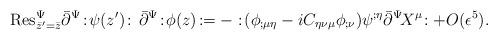
LaTeX: \begin{align*}{\rm Res}_{\bar{z}^{\prime}=\bar{z}}^{\Psi}\bar{\partial}^{\Psi}\!:\!\psi(z^{\prime})\! :\,\bar{\partial}^{\Psi}\!:\!\phi(z)\! :=-:\!(\phi_{;\mu\eta}-iC_{\eta\nu\mu}\phi_{;\nu})\psi^{;\eta}\bar{\partial}^{\Psi}\! X^{\mu}\!:+O(\epsilon^5) .\end{align*}